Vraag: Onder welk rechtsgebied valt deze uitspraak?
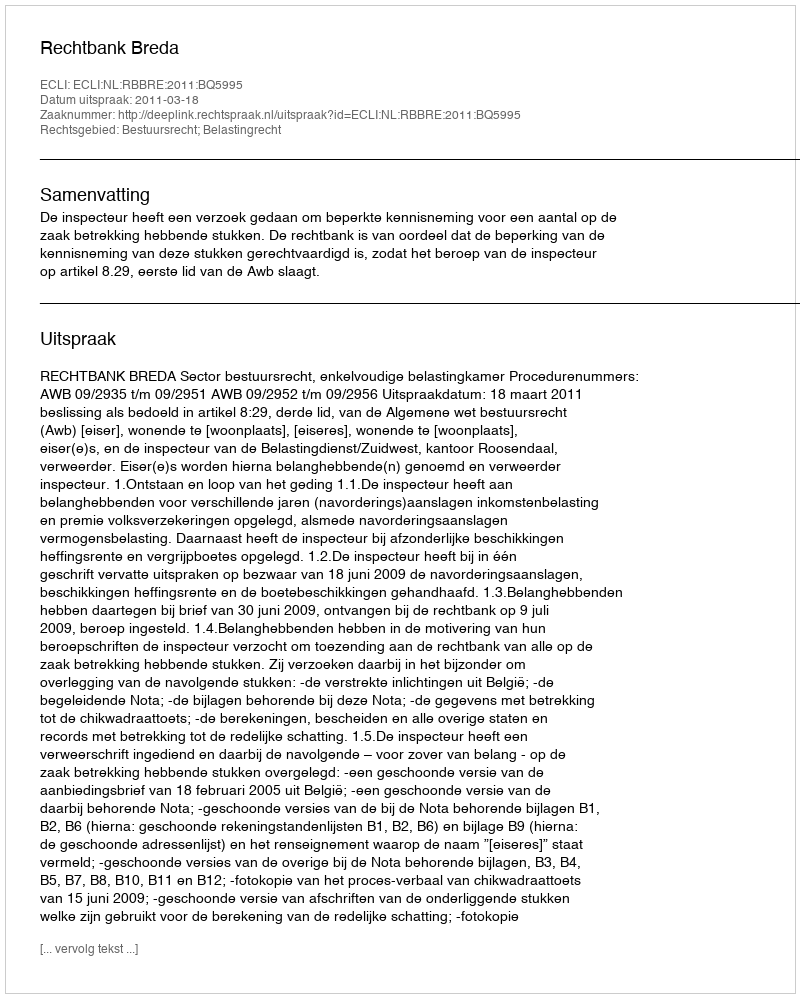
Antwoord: Bestuursrecht; Belastingrecht